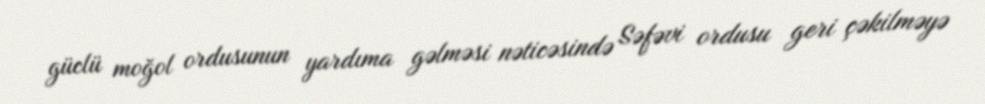
güclü moğol ordusunun yardıma gəlməsi nəticəsində Səfəvi ordusu geri çəkilməyə